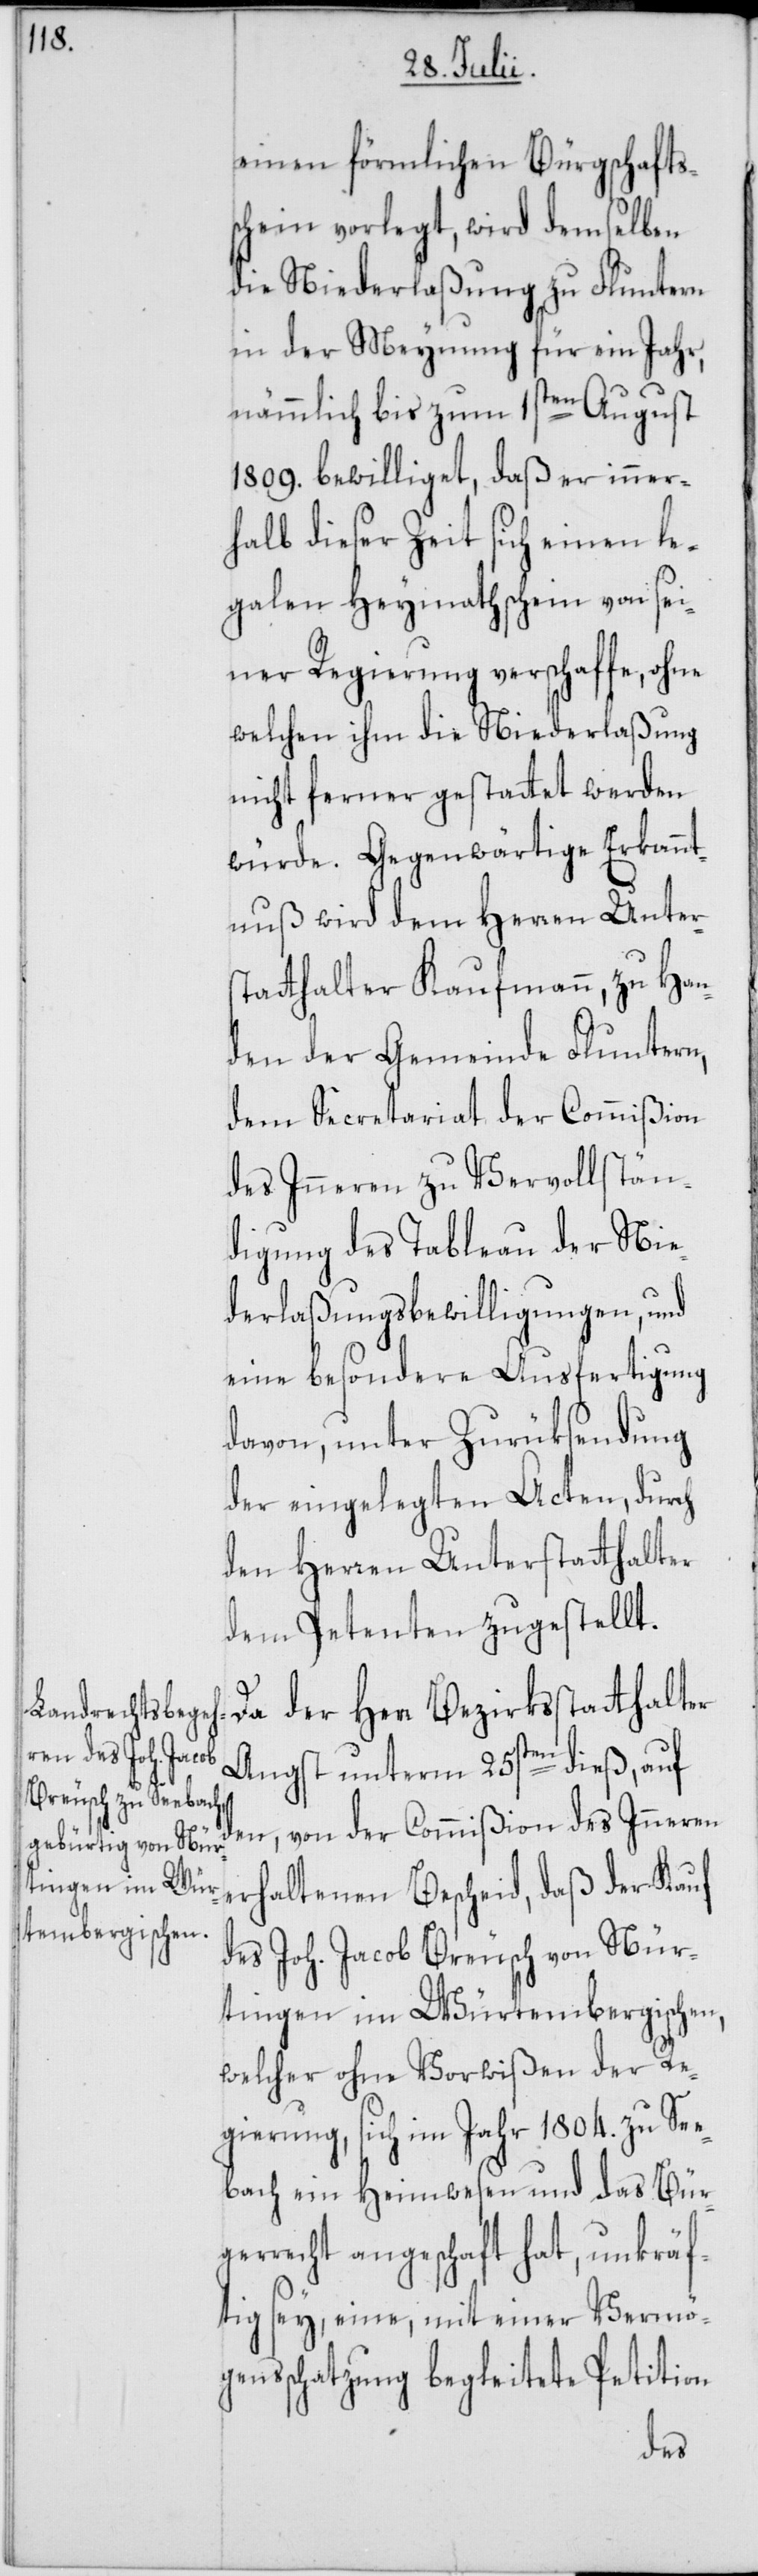
einen förmlichen Bürgschaftss¬
chein vorlegt, wird demselben
die Niederlaßung zu Fluntern
in der Meynung für ein Jahr,
nämmlich bis zum 1sten August
1809. bewilliget, daß er inner¬
halb dieser Zeit sich einen le¬
galen Heymathschein von sei¬
ner Regierung verschaffe, ohne
welchen ihm die Niederlaßung
nicht ferner gestattet werden
würde. Gegenwärtige Erkannt¬
nuß wird dem Herren Unters¬
tatthalter Kaufmann, zu Han¬
den der Gemeinde Fluntern,
dem Secretariat der Commißion
des Inneren zu Vervollstän¬
digung des Tableau der Nie¬
derlaßungsbewilligungen, und
eine besondere Ausfertigung
davon, unter Zurüksendung
der eingelegten Acten, durch
den Herren Unterstatthalter
dem Petenten zugestellt.
Da der Herr Bezirksstatthalter
Angst unterm 25sten dieß, auf
den, von der Commißion des Inneren
erhaltenen Bescheid, daß der Kauf
des Joh. Jacob Breusch von Nür¬
tingen im Würtembergischen,
welcher ohne Vorwißen der Re¬
gierung, sich im Jahr 1804. zu Se¬
ebach ein Heimwesen und das Bür¬
gerrecht angeschaf[f]t hat, unkräf¬
tig sey, eine, mit einer Vermög¬
ensschatzung begleitete Petition